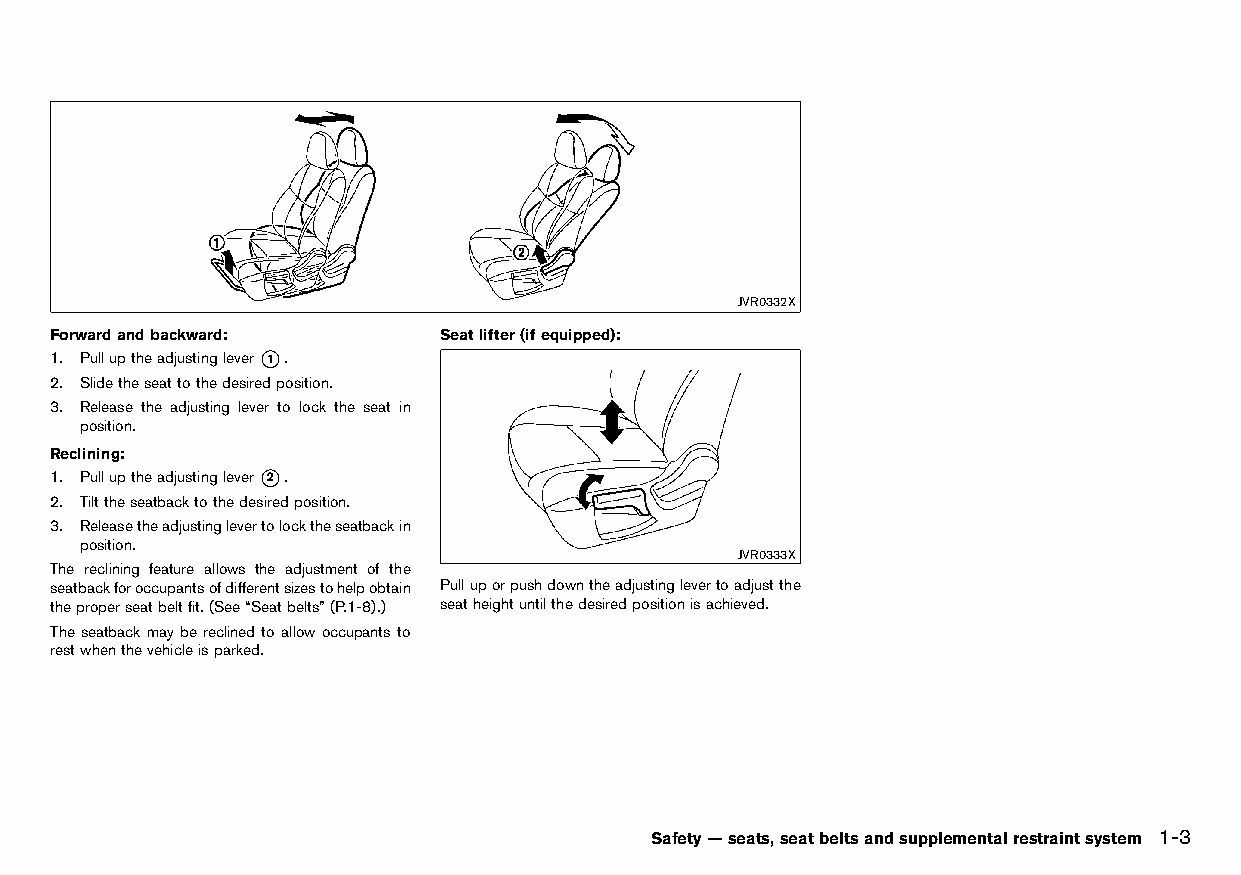
(29,1)
 JVR0332X
 Forwardandbackward:       Seatlifter(ifequipped):
 HT32A1-22018305-9BAB-4201-B6FC-C08EB94AEAE0 HT32A1-22018305-9BAB-4201-B6FC-C08EB94AEAE0
 1. Pulluptheadjustinglever*1 .
 2. Slidetheseattothedesiredposition.
 3. Release the adjusting lever to lock the seat in
 position.
 Reclining:
 HT32A1-22018305-9BAB-4201-B6FC-C08EB94AEAE0
 1. Pulluptheadjustinglever*2 .
 2. Tilttheseatbacktothedesiredposition.
 3. Releasetheadjustinglevertolocktheseatbackin
 position.
 JVR0333X
 The reclining feature allows the adjustment of the
 seatbackforoccupantsofdifferentsizestohelpobtain Pulluporpushdowntheadjustinglevertoadjustthe
 theproperseatbeltfit.(See“Seatbelts”(P.1-8).) seatheightuntilthedesiredpositionisachieved.
 The seatback may be reclined to allow occupants to
 restwhenthevehicleisparked.
 Safety—seats,seatbeltsandsupplementalrestraintsystem 1-3
 Condition:                        [Edit:2015/8/24 Model: HT32-A]